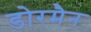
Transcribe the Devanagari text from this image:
डोरमैन